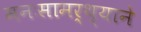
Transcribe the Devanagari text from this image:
मनःसामर्थ्याने